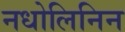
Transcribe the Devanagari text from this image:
नधोलिनिन